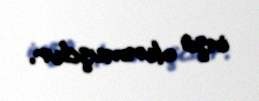
inşa olunmuşdur.